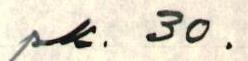
pk. 30.